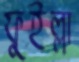
ফুইল্লা